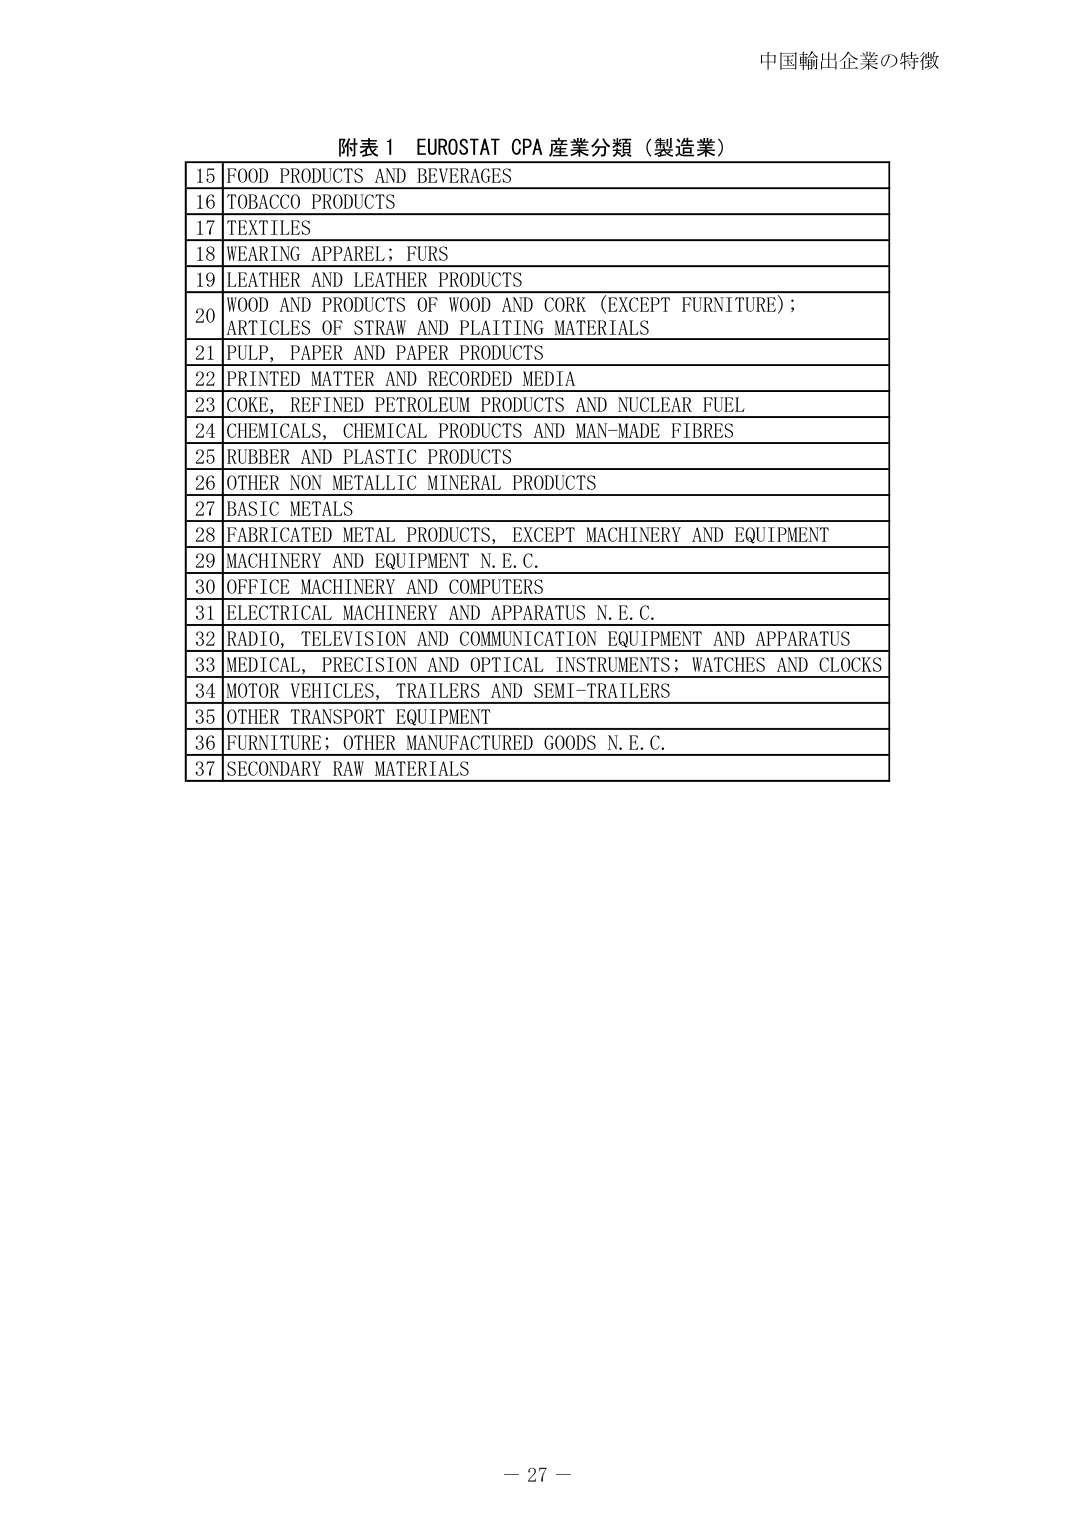
中国輸出企業の特徴

附表１ EUROSTAT CPA 産業分類（製造業）

15 FOOD PRODUCTS AND BEVERAGES
16 TOBACCO PRODUCTS
17 TEXTILES
18 WEARING APPAREL; FURS
19 LEATHER AND LEATHER PRODUCTS
20 WOOD AND PRODUCTS OF WOOD AND CORK (EXCEPT FURNITURE); ARTICLES OF STRAW AND PLAITING MATERIALS
21 PULP, PAPER AND PAPER PRODUCTS
22 PRINTED MATTER AND RECORDED MEDIA
23 COKE, REFINED PETROLEUM PRODUCTS AND NUCLEAR FUEL
24 CHEMICALS, CHEMICAL PRODUCTS AND MAN-MADE FIBRES
25 RUBBER AND PLASTIC PRODUCTS
26 OTHER NON METALLIC MINERAL PRODUCTS
27 BASIC METALS
28 FABRICATED METAL PRODUCTS, EXCEPT MACHINERY AND EQUIPMENT
29 MACHINERY AND EQUIPMENT N.E.C.
30 OFFICE MACHINERY AND COMPUTERS
31 ELECTRICAL MACHINERY AND APPARATUS N.E.C.
32 RADIO, TELEVISION AND COMMUNICATION EQUIPMENT AND APPARATUS
33 MEDICAL, PRECISION AND OPTICAL INSTRUMENTS; WATCHES AND CLOCKS
34 MOTOR VEHICLES, TRAILERS AND SEMI-TRAILERS
35 OTHER TRANSPORT EQUIPMENT
36 FURNITURE; OTHER MANUFACTURED GOODS N.E.C.
37 SECONDARY RAW MATERIALS

－ 27 －